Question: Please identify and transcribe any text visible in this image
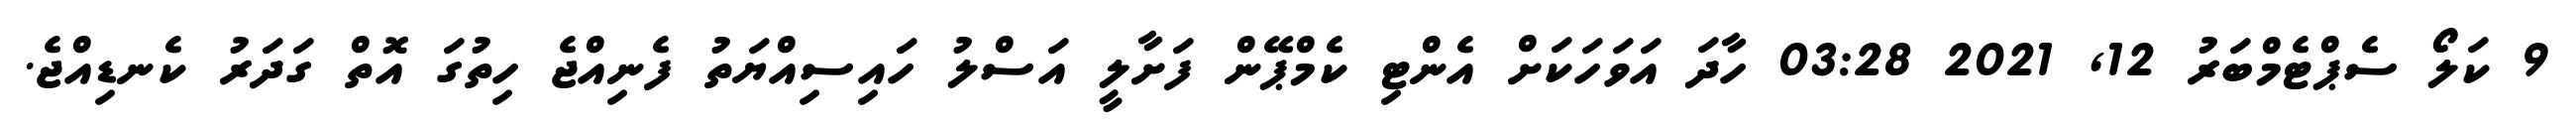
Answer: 9 ކަލޯ ސެޕްޓެމްބަރު 12, 2021 03:28 ހާދަ އަވަހަކަށް އެންޓި ކެމްޕޭން ފަށާލީ އަސްލު ހައިސިއްޔަތު ފެނިއްޖެ ހިތުގަ އޮތް ގަދަރު ކެނޑިއްޖެ.